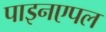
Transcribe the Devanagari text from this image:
पाइनएपल